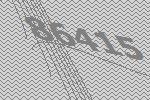
86415